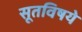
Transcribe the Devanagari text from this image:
सूतविषये